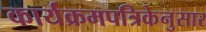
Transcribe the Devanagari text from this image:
कार्यक्रमपत्रिकेनुसार